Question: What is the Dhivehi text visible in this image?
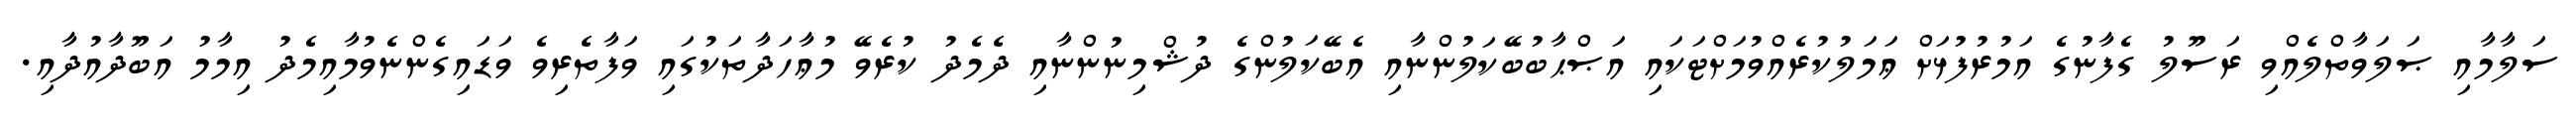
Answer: ސަލާމާއި ޞަލަވާތްލެއްވި ރަސޫލު ގެފާނުގެ އަމުރުފުޅަށް ޢަމަލުކުރެއްވުމަށްޓަކައި އަޞްޙާބުބޭކަލުންނާއި އެބޭކަލުންގެ ދުޝްމިނުންނާއި ދެމެދު ކުރެވޭ މުޢާހަދާތަކުގައި ވަފާތެރިވެ ވަޑައިގެންނެވުމާއިމެދު އިމާމު އަބޫދާއުދާއި.